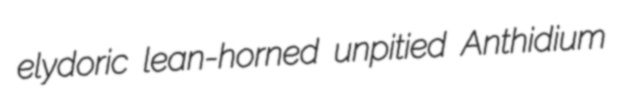
elydoric lean-horned unpitied Anthidium